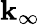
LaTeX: \mathbf{k}_{\infty}